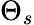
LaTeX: \Theta_{s}